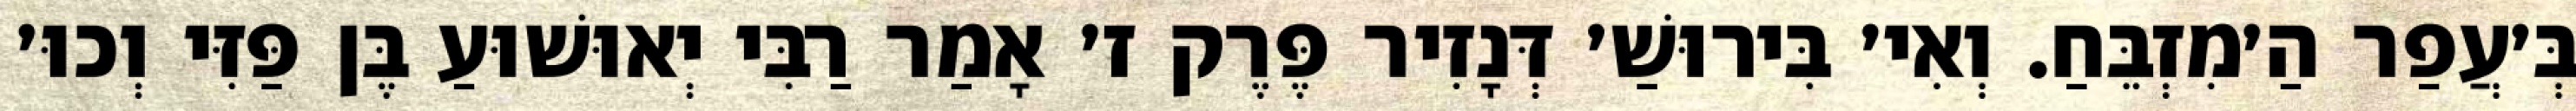
בְּ׳עֲפַר הַ׳מִזְבֵּחַ. וְאִי׳ בִּירוּשַׁ׳ דְּנָזִיר פֶּרֶק ז׳ אָמַר רַבִּי יְאוּשׁוּעַ בֶּן פַּזִּי וְכוּ׳